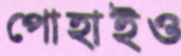
পোহাইও